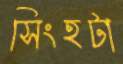
সিংহটা